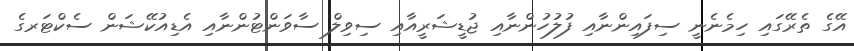
އޭގެ ތެރޭގައި ހިމެނެނީ ސިފައިންނާއި ފުލުހުންނާއި ޖުޑީޝަރީއާއި ސިވިލް ސާވަންޓުންނާއި އެޑިއުކޭޝަން ސެކްޓަރގެ